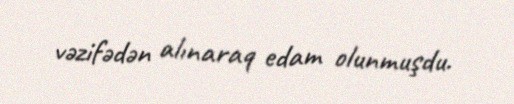
vəzifədən alınaraq edam olunmuşdu.